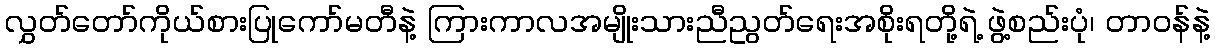
လွှတ်တော်ကိုယ်စားပြုကော်မတီနဲ့ ကြားကာလအမျိုးသားညီညွတ်ရေးအစိုးရတို့ရဲ့ ဖွဲ့စည်းပုံ၊ တာဝန်နဲ့